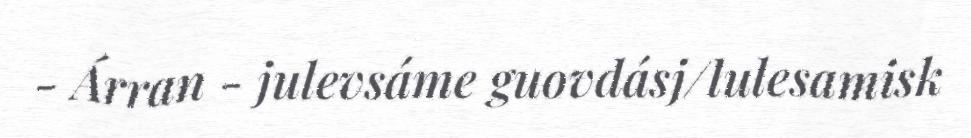
- Árran - julevsáme guovdásj/lulesamisk